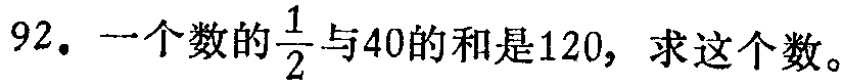
92. 一个数的$\frac{1}{2}$与40的和是120，求这个数。